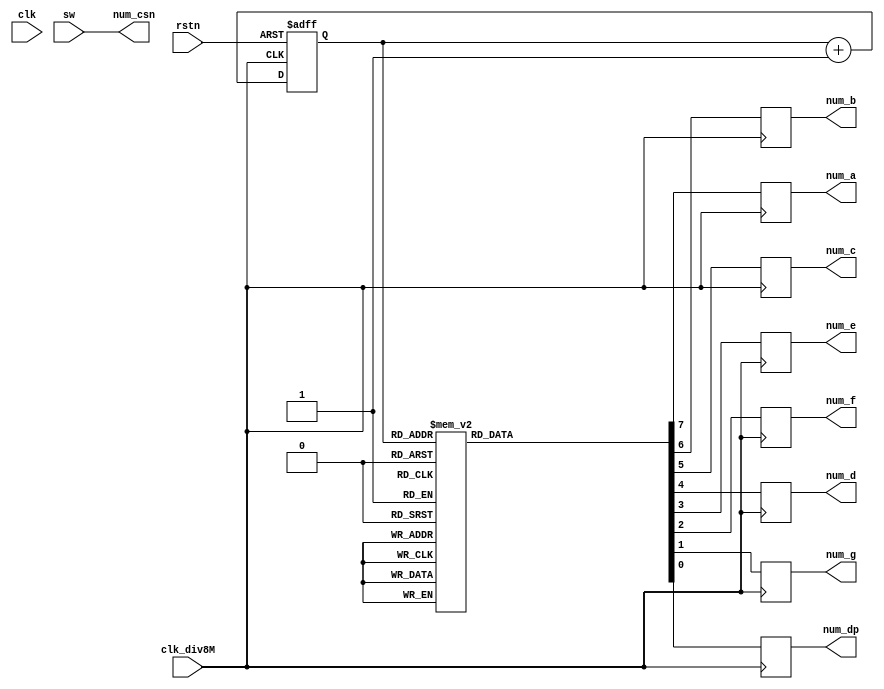
module NUM_TEST(
						
	 input				clk,
	 input				clk_div8M,
	 input				rstn,
	 input	[7:0]	sw,
	 
	 output	[7:0]	num_csn,
	 output			num_a,
	 output			num_b,
	 output			num_c,
	 output			num_d,
	 output			num_e,
	 output			num_f,
	 output			num_g,
	 output			num_dp
						
    );
	 
	 reg			num_a;
	 reg			num_b;
	 reg			num_c;
	 reg			num_d;
	 reg			num_e;
	 reg			num_f;
	 reg			num_g;
	 reg			num_dp;
	 
	 reg		[3:0]		counter;

	 assign	num_csn = sw;	
	 
	
	always @ (posedge clk_div8M or negedge rstn)begin
		if(!rstn)
			counter <= 4'h0;
		else
			counter <= counter + 1'b1;
	end
	always @ (posedge clk_div8M)begin
		case(counter)
			4'h0: {num_a, num_b, num_c ,num_d, num_e, num_f, num_g, num_dp}	<= 8'hfc;	//0
			4'h1: {num_a, num_b, num_c ,num_d, num_e, num_f, num_g, num_dp}	<= 8'h60;	//1
			4'h2: {num_a, num_b, num_c ,num_d, num_e, num_f, num_g, num_dp}	<= 8'hda;	//2
			4'h3: {num_a, num_b, num_c ,num_d, num_e, num_f, num_g, num_dp}	<= 8'hf2;	//3
			4'h4: {num_a, num_b, num_c ,num_d, num_e, num_f, num_g, num_dp}	<= 8'h66;	//4
			4'h5: {num_a, num_b, num_c ,num_d, num_e, num_f, num_g, num_dp}	<= 8'hb6;	//5
			4'h6: {num_a, num_b, num_c ,num_d, num_e, num_f, num_g, num_dp}	<= 8'hbe;	//6	
			4'h7: {num_a, num_b, num_c ,num_d, num_e, num_f, num_g, num_dp}	<= 8'he0;	//7
			4'h8: {num_a, num_b, num_c ,num_d, num_e, num_f, num_g, num_dp}	<= 8'hfe;	//8
			4'h9: {num_a, num_b, num_c ,num_d, num_e, num_f, num_g, num_dp}	<= 8'hf6;	//9
			default: {num_a, num_b, num_c ,num_d, num_e, num_f, num_g, num_dp}	<= 8'hff;	//8.
		endcase
	end

endmodule